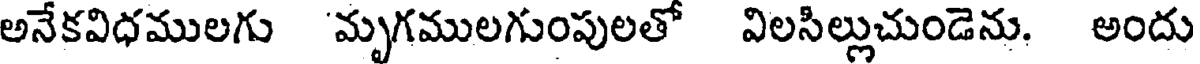
అనేకవిధములగు 'మృగములగుంపులతో విలసిల్లుచుండెను. అందు